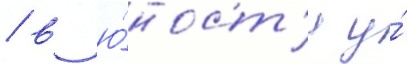
/ в ю́ност'и у́